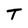
Character: T